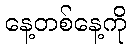
နေ့တစ်နေ့ကို